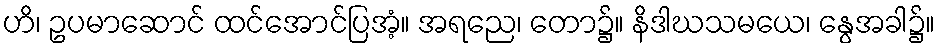
ဟိ၊ ဥပမာဆောင် ထင်အောင်ပြအံ့။ အရညေ၊ တော၌။ နိဒါဃသမယေ၊ နွေအခါ၌။